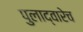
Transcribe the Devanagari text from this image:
पुलाद्वारेच